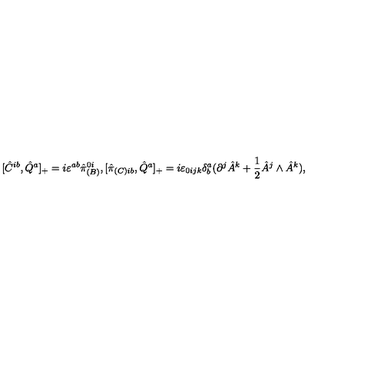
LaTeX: [ \hat { C } ^ { i b } , \hat { Q } ^ { a } ] _ { + } = i \varepsilon ^ { a b } \hat { \pi } _ { ( B ) } ^ { 0 i } , [ \hat { \pi } _ { ( C ) i b } , \hat { Q } ^ { a } ] _ { + } = i \varepsilon _ { 0 i j k } \delta _ { b } ^ { a } ( \partial ^ { j } \hat { A } ^ { k } + \frac { 1 } { 2 } \hat { A } ^ { j } \wedge \hat { A } ^ { k } ) ,